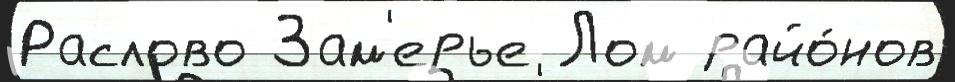
Раслово Зам'ерье Лом райо́нов